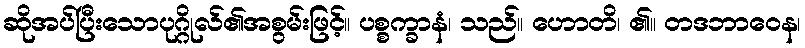
ဆိုအပ်ပြီးသောပုဂ္ဂိုလ်၏အစွမ်းဖြင့်။ ပစ္စက္ခာနံ၊ သည်။ ဟောတိ၊ ၏။ တဒဘာဝေန၊